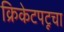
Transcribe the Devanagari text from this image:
क्रिकेटपटूचा